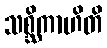
သစ္ဆိကာဟိတိ